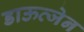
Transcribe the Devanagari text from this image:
डाऊत्जेन